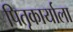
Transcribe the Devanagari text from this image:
पितृकार्याला